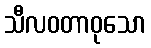
သီလဝတာဝုသော